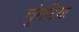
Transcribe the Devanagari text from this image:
चुंगटिया